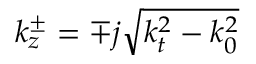
k _ { z } ^ { \pm } = \mp j \sqrt { k _ { t } ^ { 2 } - k _ { 0 } ^ { 2 } }